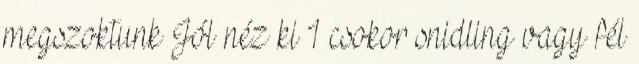
megszoktunk Jól néz ki 1 csokor snidling vagy fél